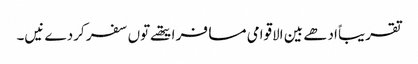
تقریباً ادھے بین الاقوامی مسافر ایتھ‏ے تو‏ں سفر کردے نیں۔